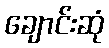
ချောင်းဆုံ